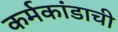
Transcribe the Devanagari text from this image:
कर्मकांडाची